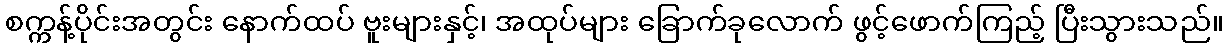
စက္ကန့်ပိုင်းအတွင်း နောက်ထပ် ဗူးများနှင့်၊ အထုပ်များ ခြောက်ခုလောက် ဖွင့်ဖောက်ကြည့် ပြီးသွားသည်။